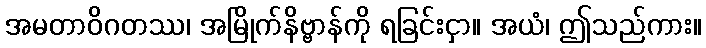
အမတာဝိဂတဿ၊ အမြိုက်နိဗ္ဗာန်ကို ရခြင်းငှာ။ အယံ၊ ဤသည်ကား။